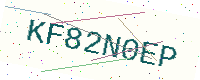
Text: KF82N0EP